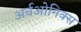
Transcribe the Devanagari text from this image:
अर्चओनिक्स